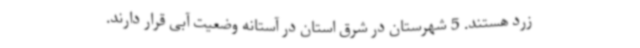
زرد هستند. 5 شهرستان در شرق استان در آستانه وضعیت آبی قرار دارند.